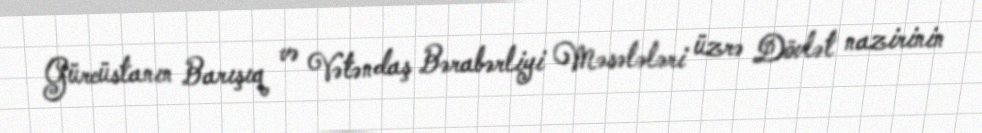
Gürcüstanın Barışıq və Vətəndaş Bərabərliyi Məsələləri üzrə Dövlət nazirinin